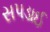
સપડાઈ